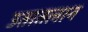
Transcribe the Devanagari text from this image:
उतातलान